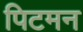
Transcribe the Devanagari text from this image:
पिटमन